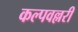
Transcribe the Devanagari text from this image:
कल्पवल्लरी